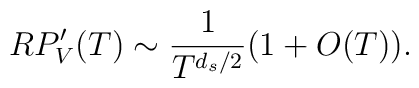
RP_V'(T) \sim \frac{1}{T^{d_s/2}}(1+O(T)).